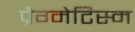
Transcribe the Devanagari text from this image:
प्रैग्मेटिस्म